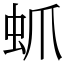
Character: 䖣